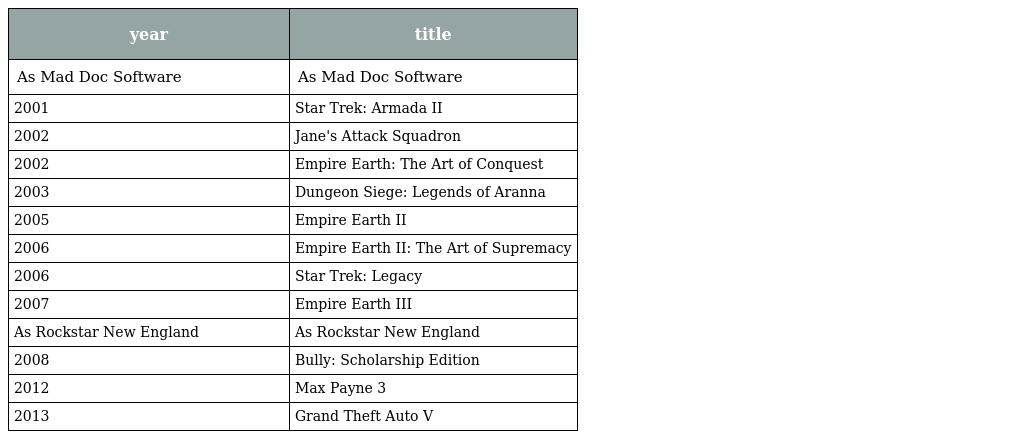
| year | title |
 | --- | --- |
 | As Mad Doc Software | As Mad Doc Software |
 | 2001 | Star Trek: Armada II |
 | 2002 | Jane's Attack Squadron |
 | 2002 | Empire Earth: The Art of Conquest |
 | 2003 | Dungeon Siege: Legends of Aranna |
 | 2005 | Empire Earth II |
 | 2006 | Empire Earth II: The Art of Supremacy |
 | 2006 | Star Trek: Legacy |
 | 2007 | Empire Earth III |
 | As Rockstar New England | As Rockstar New England |
 | 2008 | Bully: Scholarship Edition |
 | 2012 | Max Payne 3 |
 | 2013 | Grand Theft Auto V |